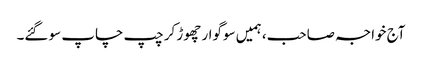
آج خواجہ صاحب، ہمیں سوگوار چھوڑ کر چپ چاپ سو گئے۔